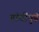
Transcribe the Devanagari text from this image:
गांधींपुढे